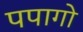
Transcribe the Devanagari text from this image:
पपागो